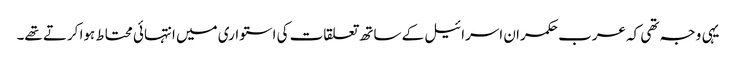
یہی وجہ تھی کہ عرب حکمران اسرائیل کے ساتھ تعلقات کی استواری میں انتہائی محتاط ہوا کرتے تھے۔